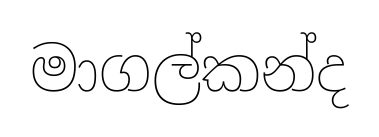
මාගල්කන්ද